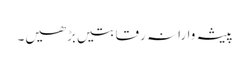
پیشہ وارانہ رقابتیں بڑھیں۔